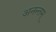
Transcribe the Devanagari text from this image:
अनन्तम्